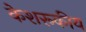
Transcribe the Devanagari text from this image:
केशरूकीय